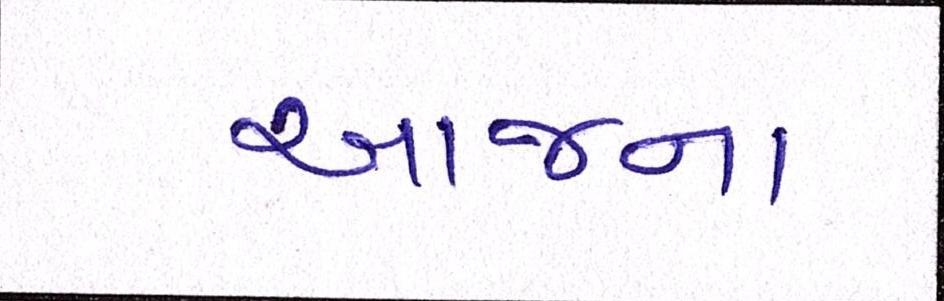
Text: આજના